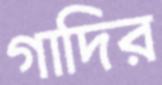
গাদির